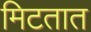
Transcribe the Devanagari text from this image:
मिटतात